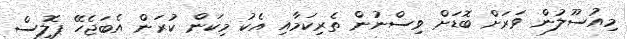
މިއުސޫލުން ވަރަށް ބޮޑަށް ވިސްނުން ތެރިކަމާއި އެކު މިކަން ކުރަން އެބަޖެހޭ ޕޮލިސް